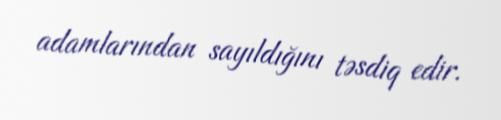
adamlarından sayıldığını təsdiq edir.